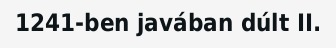
1241-ben javában dúlt II.